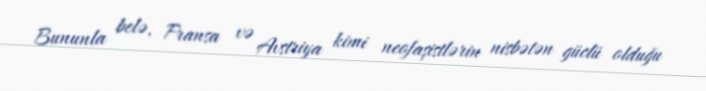
Bununla belə, Fransa və Avstriya kimi neofaşistlərin nisbətən güclü olduğu